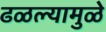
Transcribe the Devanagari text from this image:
ढळल्यामुळे